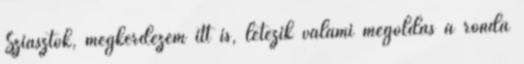
Sziasztok, megkérdezem itt is, létezik valami megoldás a ronda